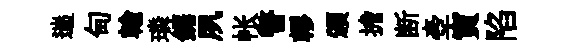
遄甸翰璘鋸夙帐瞥轇頒擔断壺寅陷